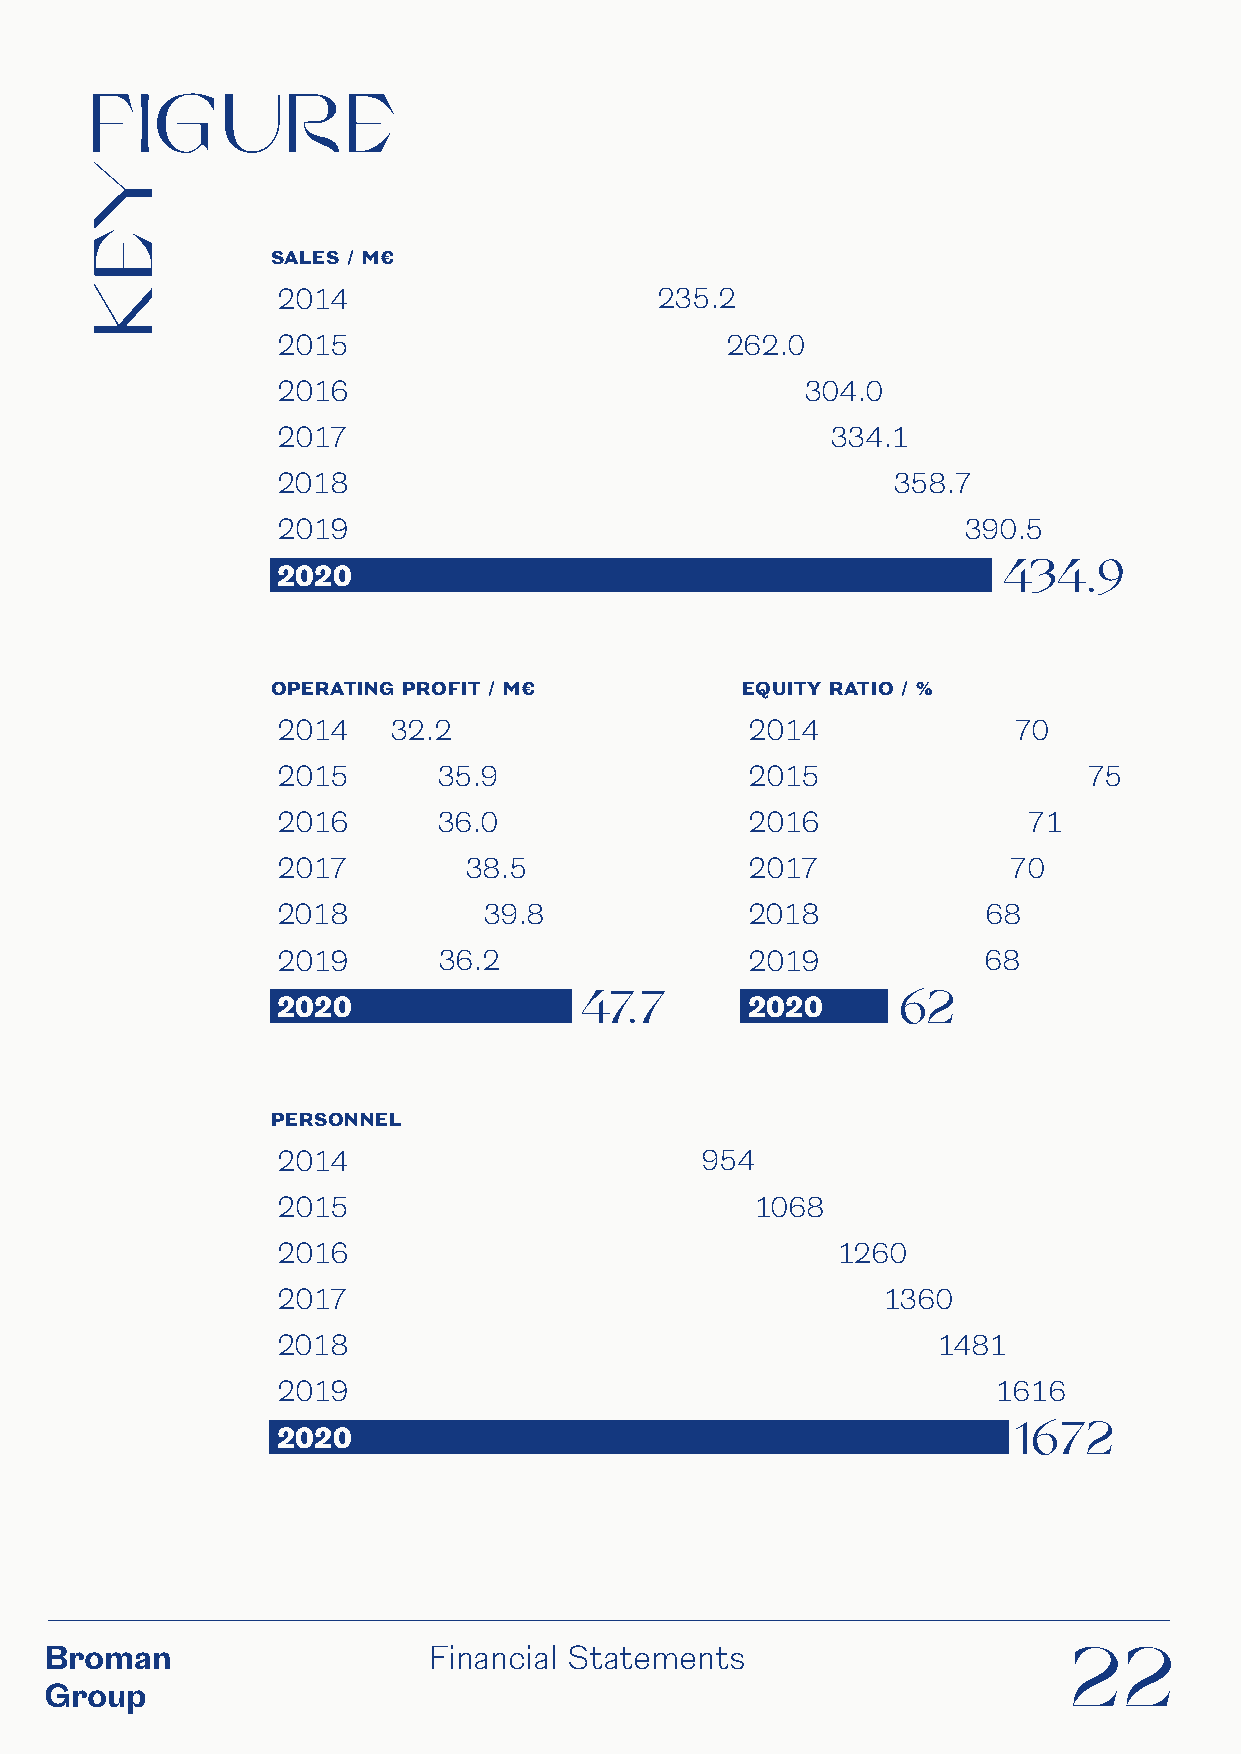
FIG      URE
 SALES / M€
 2014                     235.2
 2015                          262.0
 2016                               304.0
 2017                                 334.1
 2018                                     358.7
 2019                                          390.5
 434.9
 2020
 OPERATING PROFIT / M€          EQUITY RATIO / %
 2014    32.2                   2014              70
 2015       35.9                2015                   75
 2016       36.0                2016               71
 2017         38.5              2017              70
 2018          39.8             2018            68
 2019       36.2                2019            68
 47.7                 62
 2020                           2020
 PERSONNEL
 2014                        954
 2015                            1068
 2016                                 1260
 2017                                    1360
 2018                                        1481
 2019                                            1616
 1672
 2020
 Broman                   Financial Statements                       22
 Group
 YEK